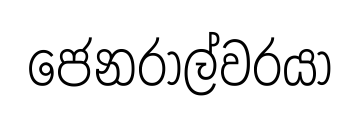
ජෙනරාල්වරයා